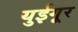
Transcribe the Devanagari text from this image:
युईगूर